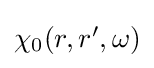
{\textstyle \chi _{0}(r,r',\omega )}